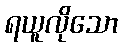
ရယူလိုသော